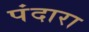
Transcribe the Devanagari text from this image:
पंदारा